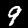
Label: 9